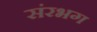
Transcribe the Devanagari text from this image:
संरभग